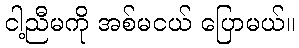
ငါ့ညီမကို အစ်မငယ် ပြောမယ်။